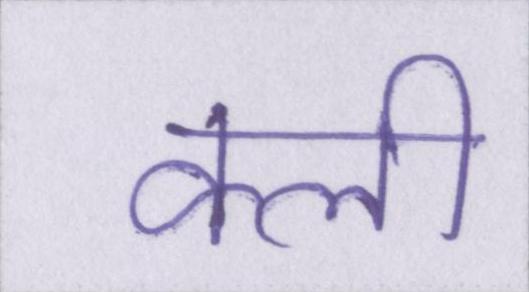
क्ली